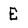
Character: E